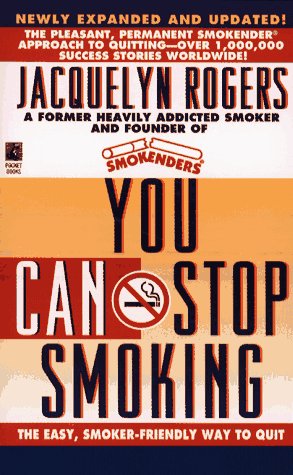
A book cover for You Can Stop Smoking; Jacquelyn Rogers; Health, Fitness & Dieting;